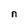
Character: n